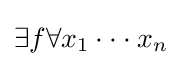
\exists f\forall x_{1}\cdot \cdot \cdot x_{n}